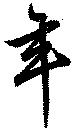
年